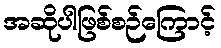
အဆိုပါဖြစ်စဉ်ကြောင့်